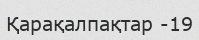
Қарақалпақтар -19